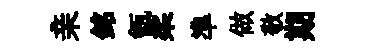
亲銘甑柔準做敬期